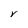
Character: Y